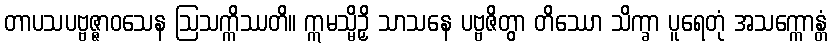
တာပသပဗ္ဗဇ္ဇာဝသေန ဩသက္ကိဿတိ။ ဣမသ္မိဉှိ သာသနေ ပဗ္ဗဇိတွာ တိဿော သိက္ခာ ပူရေတုံ အသက္ကောန္တံ